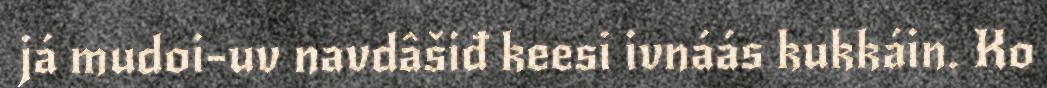
já mudoi-uv navdâšiđ keesi ivnáás kukkáin. Ko